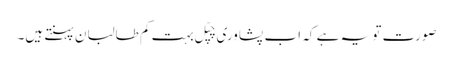
صورت تو یہ ہے کہ اب پشاوری چپّل بہت کم طالبان پہنتے ہیں۔